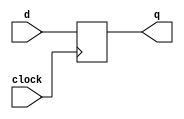
/*
 * D-Type Flip Flop
 * ================
 *
 * A simple D-Type Flip Flop Example
 *
 */

module DFlipFlop (
    input clock, 
    input d, 
    output reg q
);
always @( posedge clock ) begin //At to rising edge of clock
    q <= d; //Load the input value d onto the output q.
end
endmodule